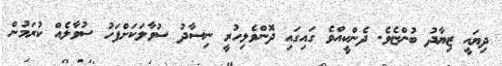
ދިޔައީ ޒިޔާދު ބުންޏެވެ. ދެންކީއްވެ ގައިގައި ދޮންވެލިހުރީ ނިސާދު ސުވާލަކަށްފަހު ސުވާލެއް ކުރަމުން